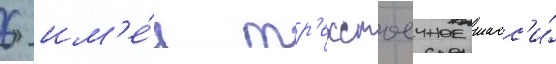
6 им'е́л тр'ехстоечное шасс'и́